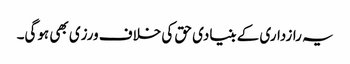
یہ رازداری کے بنیادی حق کی خلاف ورزی بھی ہوگی۔